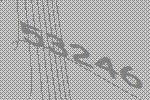
53246